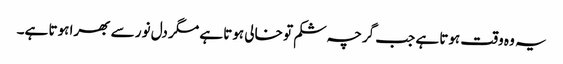
یہ وہ وقت ہوتا ہے جب گرچہ شکم تو خالی ہوتا ہے مگر دل نور سے بھرا ہوتا ہے۔